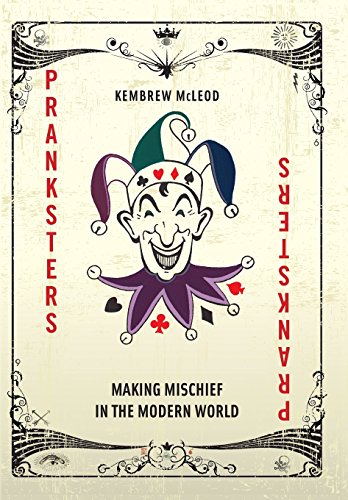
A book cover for Pranksters: Making Mischief in the Modern World; Kembrew McLeod; Health, Fitness & Dieting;